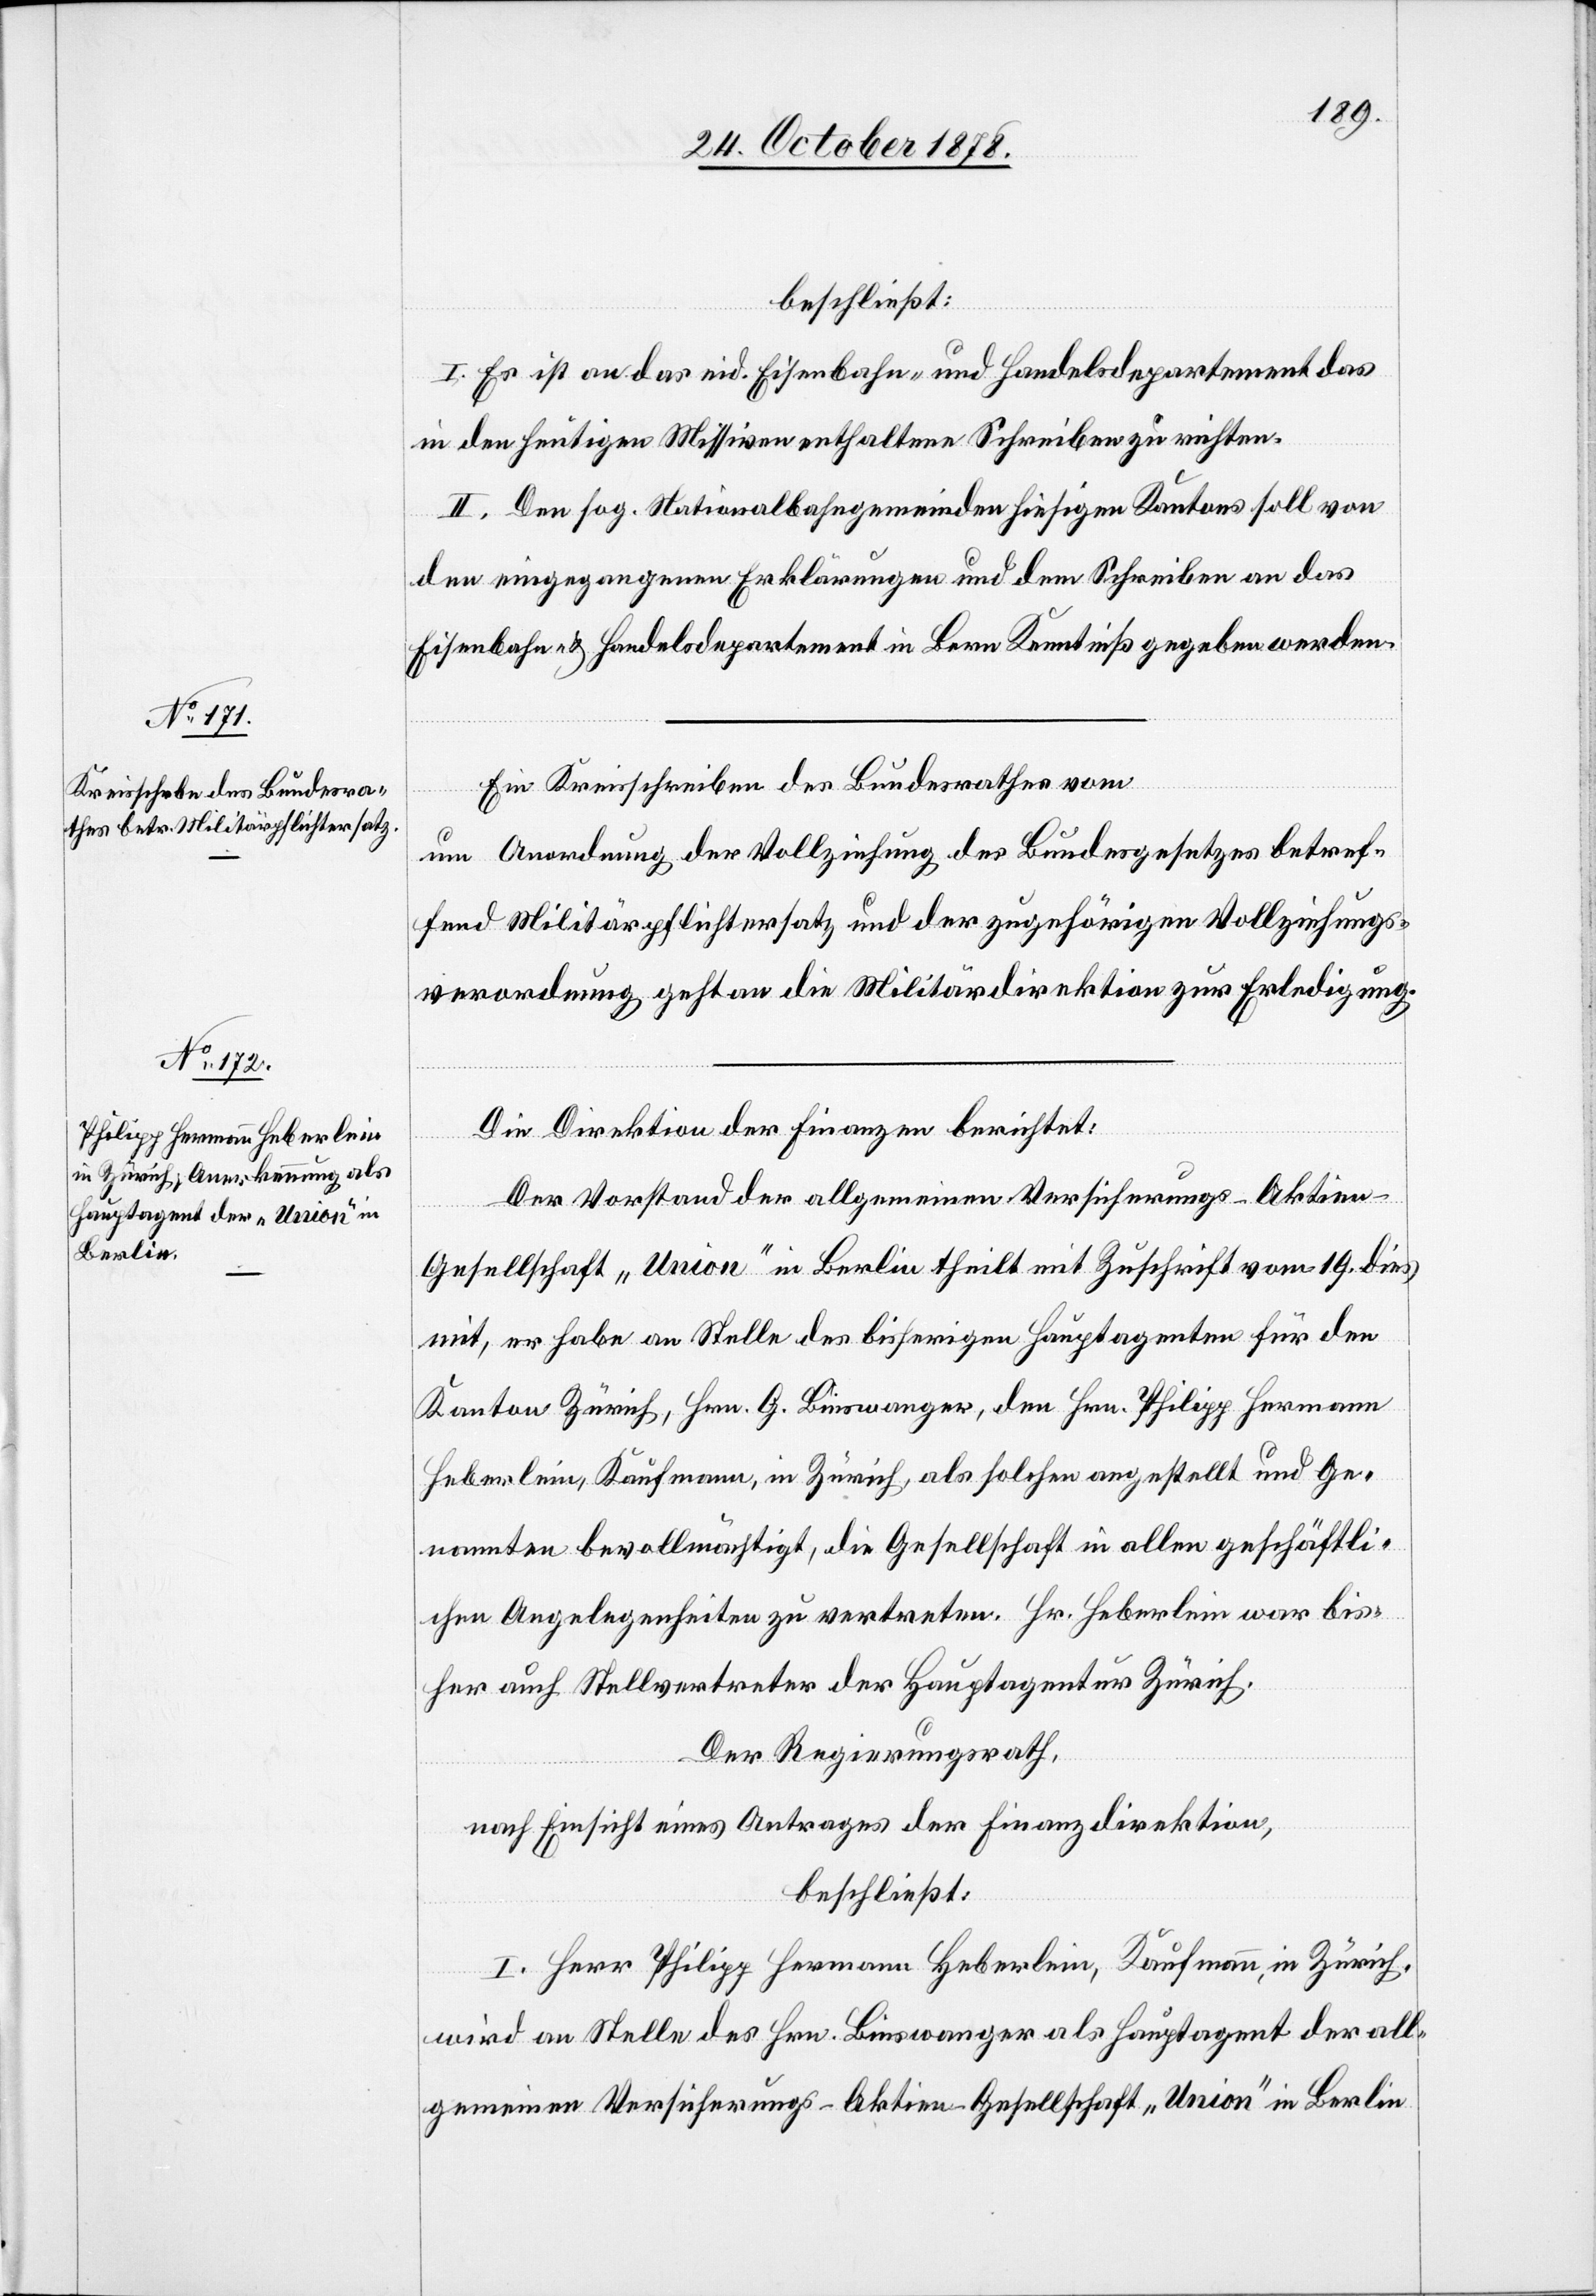
beschließt:
I. Es ist an das eid. Eisenbahn- und Handelsdepartement das
in den heutigen Missiven enthaltene Schreiben zu richten.
II. Den sog. Nationalbahngemeinden hiesigen Kantons soll von
den eingegangenen Erklärungen und dem Schreiben an das
Eisenbahn- & Handelsdepartement in Bern Kenntniß gegeben werden.
Ein Kreisschreiben des Bundesrathes vom
um Anordnung der Vollziehung des Bundesgesetzes betref¬
fend Militärpflichtersatz und der zugehörigen Vollziehungs¬
verordnung geht an die Militärdirektion zur Erledigung.
Die Direktion der Finanzen berichtet:
Der Vorstand der allgemeinen Versicherungs-Aktie¬
n-Gesellschaft „Union“ in Berlin theilt mit Zuschrift vom 19. dies
mit, er habe an Stelle des bisherigen Hauptagenten für den
Kanton Zürich, Hrn. G. Binswanger, den Hrn. Philipp Hermann
Heberlein, Kaufmann, in Zürich, als solchen angestellt und Ge¬
nannten bevollmächtigt, die Gesellschaft in allen geschäftli¬
chen Angelegenheiten zu vertreten. Hr. Heberlein war bis¬
her auch Stellvertreter der Hauptagentur Zürich.
Der Regierungsrath,
nach Einsicht eines Antrages der Finanzdirektion,
beschließt:
I. Herr Philipp Hermann Heberlein, Kaufmann, in Zürich,
wird an Stelle des Hrn. Binswanger als Hauptagent der all¬
gemeinen Versicherungs-Aktien-Gesellschaft „Union“ in Berlin